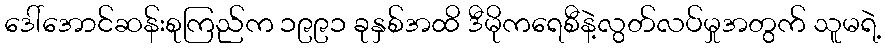
ဒေါ်အောင်ဆန်းစုကြည်က ၁၉၉၁ ခုနှစ်အထိ ဒီမိုကရေစီနဲ့လွတ်လပ်မှုအတွက် သူမရဲ့